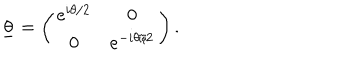
LaTeX: \underline { { { \theta } } } = \left( \begin{array} { c c } { { e ^ { i \theta / 2 } } } & { { 0 } } \\ { { 0 } } & { { e ^ { - i \theta / 2 } } } \\ \end{array} \right) .